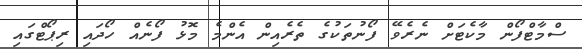
ސްމާޓްފޯން މާކެޓަށް ނެރެވޭ ފޯނުތަކުގެ ތެރެއިން އެންމެ މޮޅު ފޯނެއް ހޯދައި ރިޕޯޓްގައި